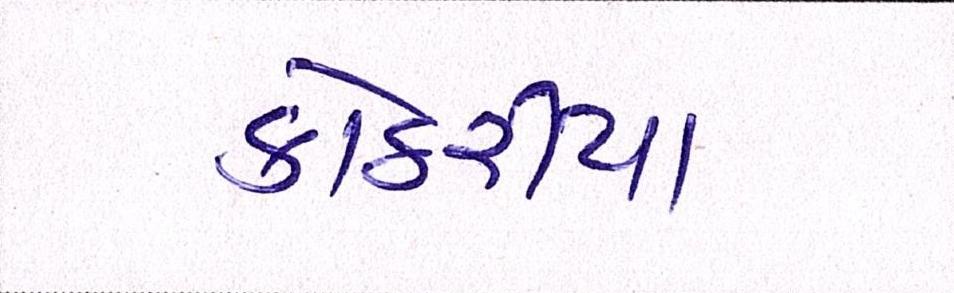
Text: કોઠારીયા